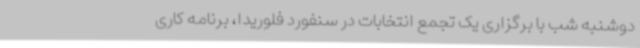
دوشنبه شب با برگزاری یک تجمع انتخابات در سنفورد فلوریدا، برنامه کاری